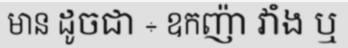
មាន ដូចជា ÷ ឧកញ៉ា វាំង ឬ